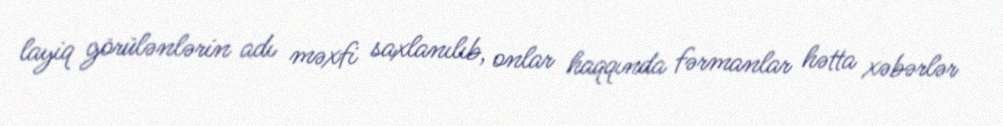
layiq görülənlərin adı məxfi saxlanılıb, onlar haqqında fərmanlar hətta xəbərlər